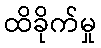
ထိခိုက်မှု